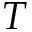
T